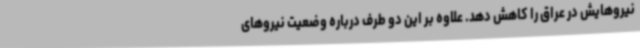
نیروهایش در عراق را کاهش دهد. علاوه بر این دو طرف درباره وضعیت نیروهای